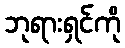
ဘုရားရှင်ကို